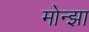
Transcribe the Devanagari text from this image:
मोन्झा